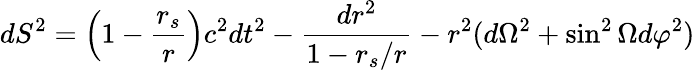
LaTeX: dS^{2}=\left(1-{\frac{r_{s}}{r}}\right)c^{2}dt^{2}-{\frac{dr^{2}}{1-{r_{s}}/{r}}}-r^{2}(d\Omega^{2}+\sin^{2}\Omega d\varphi^{2})